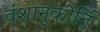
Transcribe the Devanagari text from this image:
वंशानुकीर्ति